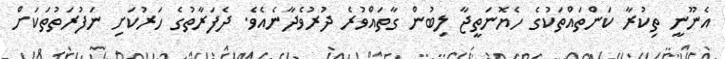
އެނޫނީ ތިކުރާ ކަންތައްތަކުގެ ހެޔޮނަތީޖާ ލިބުން ގާތައްވުރެ ދުރުވެދާނެއެވެ. ދެފަރާތުގެ ހަރުކަށި ނަފުރަތުތަކަށް